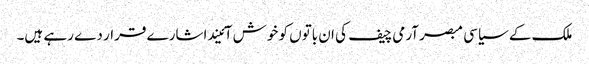
ملک کے سیاسی مبصر آرمی چیف کی ان باتوں کو خوش آئیند اشارے قرار دے رہے ہیں۔